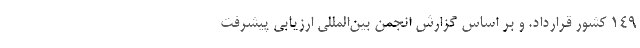
۱۴۹ کشور قرارداد. و بر اساس گزارش انجمن بین‌المللی ارزیابی پیشرفت